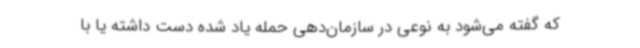
که گفته می‌شود به نوعی در سازمان‌دهی حمله یاد شده دست داشته یا با